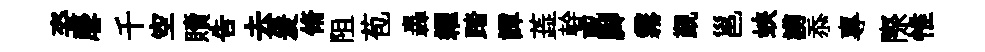
姿麐千空贖吿去爰脩阻苞轟糴踏譚蕋幹或脚霧覲邕蛺謭忝專際惟